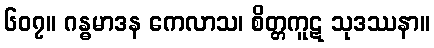
၆၀၇။ ဂန္ဓမာဒန ကေလာသ၊ စိတ္တကူဋ သုဒဿနာ။